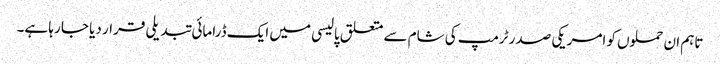
تاہم ان حملوں کو امریکی صدر ٹرمپ کی شام سے متعلق پالیسی میں ایک ڈرامائی تبدیلی قرار دیا جا رہا ہے۔